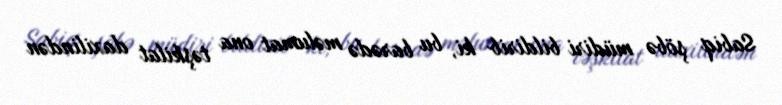
Sabiq şöbə müdiri bildirib ki, bu barədə məlumat ona təşkilat daxilindən